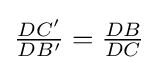
{\textstyle {\frac {DC'}{DB'}}={\frac {DB}{DC}}}